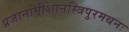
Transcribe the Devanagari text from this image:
प्रजानामीशानस्त्रिपुरमथनः